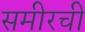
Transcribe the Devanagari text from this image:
समीरची